Kambja_algkool, lk 113
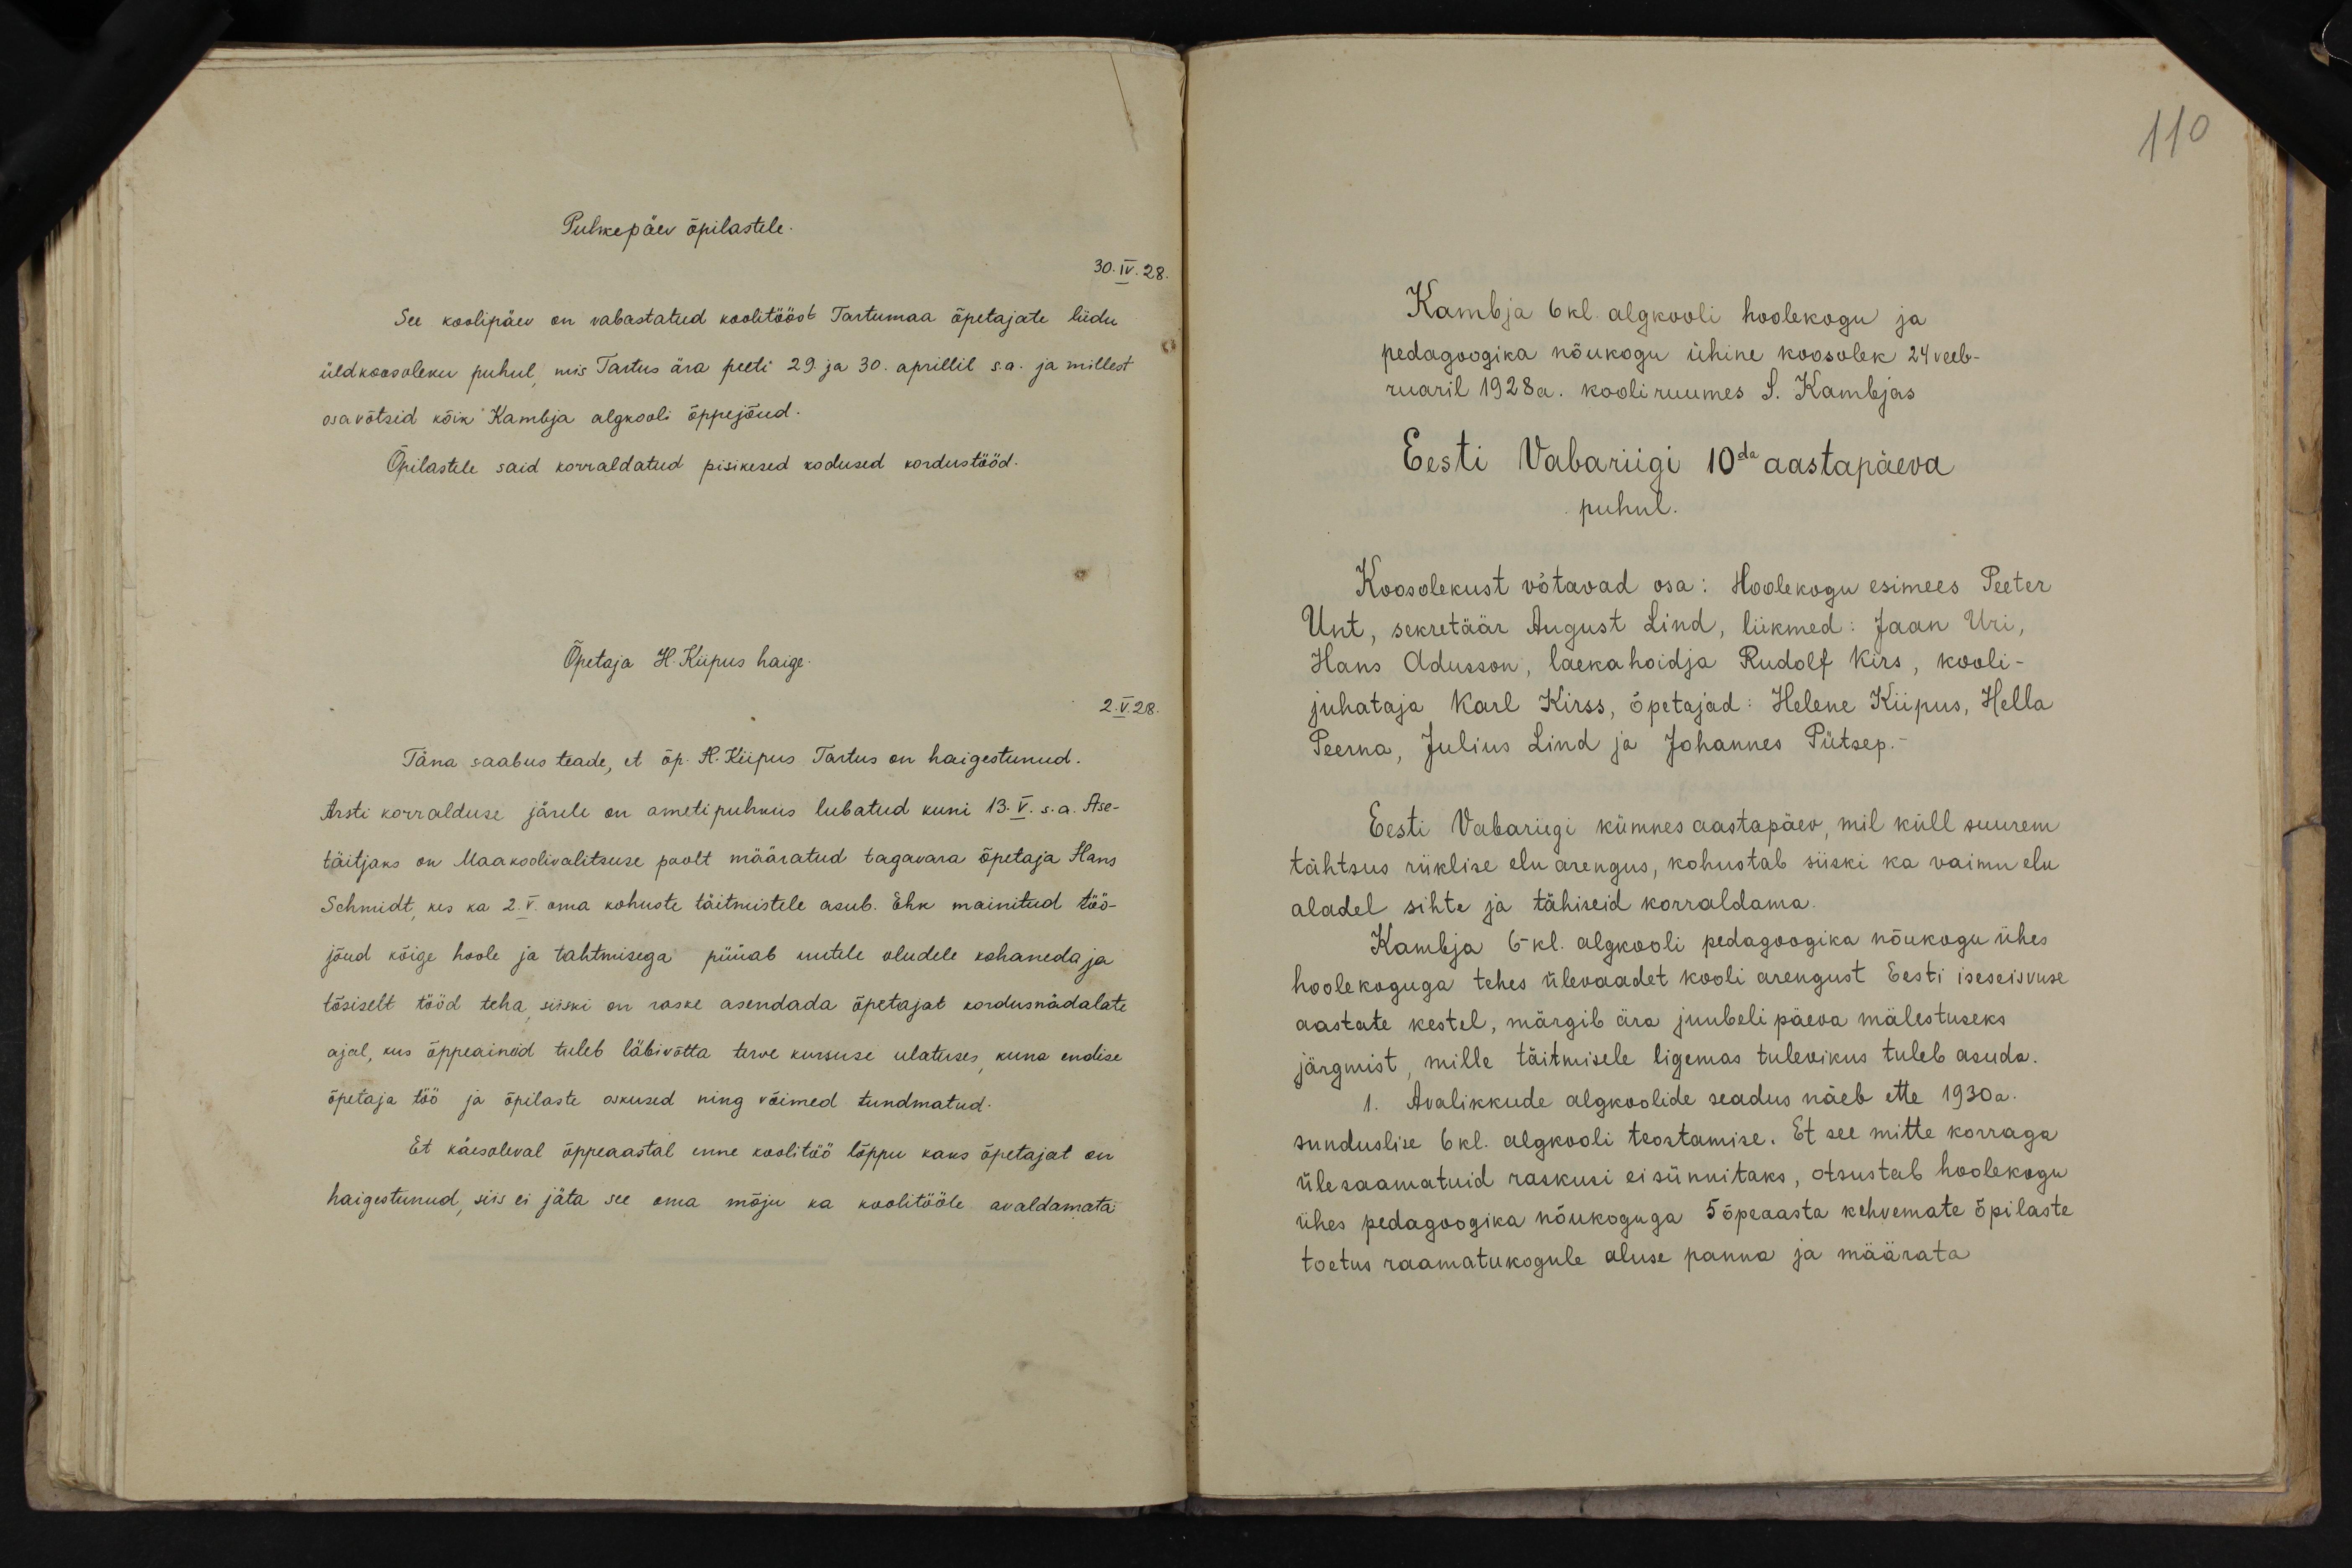
110

Puhkepäev õpilastele.
30.IV.28.
See koolipäev on vabastatud koolitööst Tartumaa õpetajate liidu
üldkoosoleku puhul, mis Tartus ära peeti 29. ja 30. aprillil s.a. ja millest
osavõtsid kõik Kambja algkooli õppejõud.
Õpilastele said korraldatud pisikesed kodused kordustööd.
Õpetaja H. Kiipus haige.
2.V.28.
Täna saabus teade, et õp. H. Kiipus Tartus on haigestunud.
Arsti korralduse järele on ametipuhkus lubatud kuni 13. V. s.a. Ase-
täitjaks on Maakoolivalitsuse poolt määratud tagavara õpetaja Hans
Schmidt kes ka 2. V. oma kohuste täitmistele asub. Ehk mainitud töö-
jõud kõige hoole ja tahtmisega püüab uutele oludele kohaneda ja
tõsiselt tööd teha, siiski on raske asendada õpetajat kordusnädalate
ajal, kus õppeaineid tuleb läbivõtta terve kursuse ulatuses, kuna endise
õpetaja töö ja õpilaste oskused ning võimed tundmatud.
Et käesoleval õppeaastal enne koolitöö lõppu kaks õpetajat on
haigustunud, siis ei jäta see oma mõju ka koolitööle avaldamata.

Kambja 6 kl. algkooli hoolekogu ja
pedagoogika nõukogu ühine koosolek 24 veeb-
ruaril 1928 a. kooli ruumes S. Kambjas
Eesti Vabariigi 10da aastapäeva
puhul.
Koosolekust võtavad osa: Hoolekogu esimees Peeter
Unt, sekretäär August Lind, liikmed: Jaan Uri,
Hans Adusson, laekahoidja Rudolf Kirs, kooli-
juhataja Karl Kirss, õpetajad: Helene Kiipus, Hella
Peerna, Julius Lind ja Johannes Pütsep.-
Eesti Vabariigi kümnes aastapäev, mil küll suurem
tähtsus riiklise elu arengus, kohustab siiski ka vaimu elu
aladel sihte ja tähiseid korraldama.
Kambja 6 kl. algkooli pedagoogika nõukogu ühes
hoolekoguga tehes ülevaadet kooli arengust Eesti iseseisvuse
aastate kestel, märgib ära juubelipäeva mälestuseks.
järgmist, mille täitmisele ligemas tulevikus tuleb asuda.
1. Avalikkude algkoolide seadus näeb ette 1930 a.
sunduslise 6 kl. algkooli teostamise. Et see mitte korraga
ülesaamatuid raskusi ei sünnitaks, otsustab hoolekogu
ühes pedagoogika nõukoguga 5 õpeaasta kehvemate õpilaste
toetus raamatukogule aluse panna ja määrata